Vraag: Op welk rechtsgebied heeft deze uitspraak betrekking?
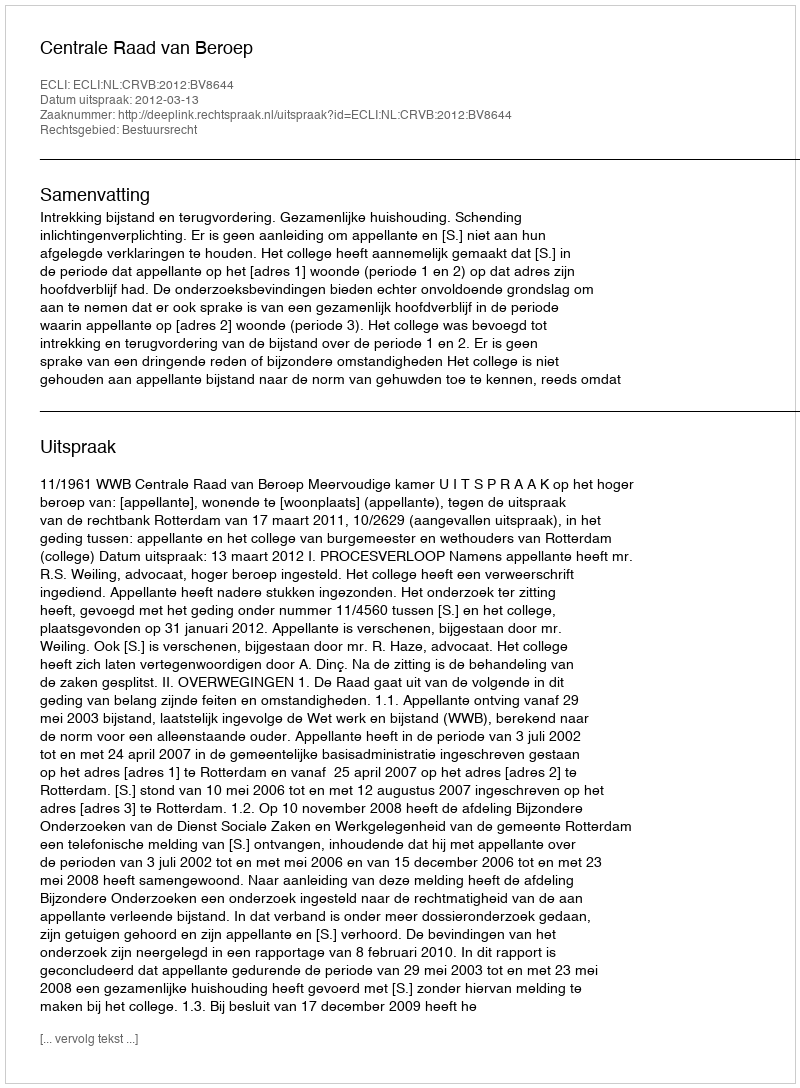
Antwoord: Bestuursrecht